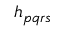
h _ { p q r s }